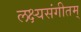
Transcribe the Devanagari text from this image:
लक्ष्यसंगीतम्‌